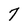
Character: 7